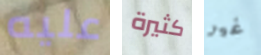
عليه كثيرة غير